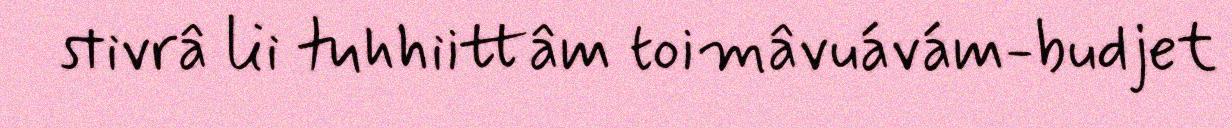
stivrâ lii tuhhiittâm toimâvuávám-budjet